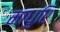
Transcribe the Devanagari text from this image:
माधुरि